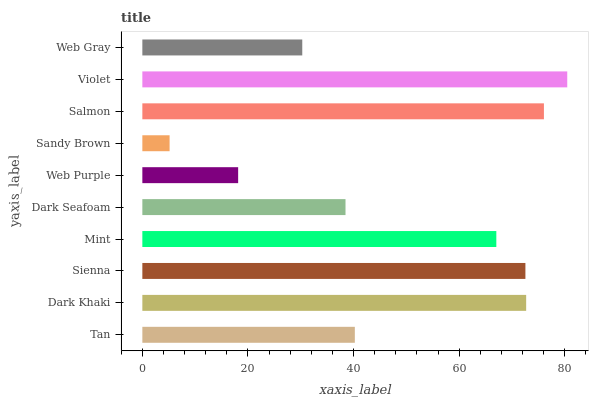
| yaxis_label | bars |
 | --- | --- |
 | Tan | 40.2 |
 | Dark Khaki | 72.7 |
 | Sienna | 72.6 |
 | Mint | 67 |
 | Dark Seafoam | 38.5 |
 | Web Purple | 18.1 |
 | Sandy Brown | 5.16 |
 | Salmon | 76.1 |
 | Violet | 80.5 |
 | Web Gray | 30.3 |